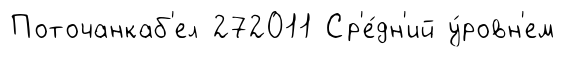
Поточанкаб'ел 272011 Ср'е́дн'ий у́ровн'ем